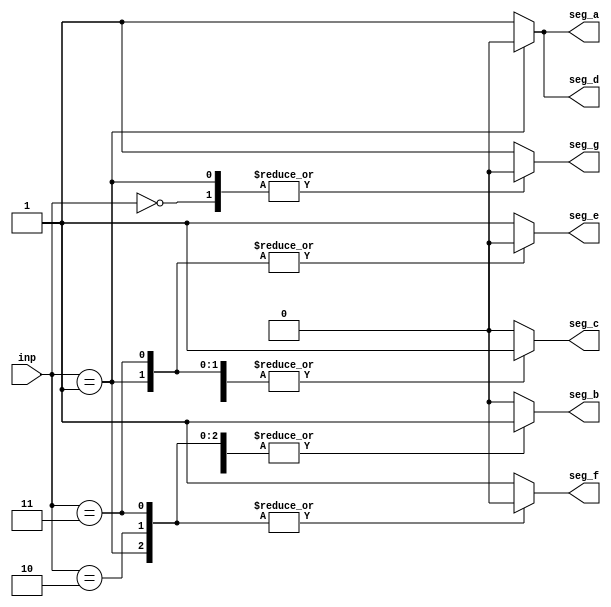
module seven_segment_cntrl(seg_a, seg_b, seg_c, seg_d, seg_e, seg_f, seg_g, inp); //Module with a list of ports
//Begin port declarations section
output seg_a, seg_b, seg_c, seg_d, seg_e, seg_f, seg_g;
input [2:0] inp;

reg seg_a, seg_b, seg_c, seg_d, seg_e, seg_f, seg_g;
wire [2:0] inp;

//End port declarations section

always @(inp) //Note use of comma operator
begin
	case (inp)
	3'b000 : begin
				seg_a = 1'b1;
				seg_b = 1'b1;
				seg_c = 1'b1;
				seg_d = 1'b1;
				seg_e = 1'b1;
				seg_f = 1'b1;
				seg_g = 1'b0;
				end
	3'b001 : begin
				seg_a = 1'b0;
				seg_b = 1'b1;
				seg_c = 1'b1;
				seg_d = 1'b0;
				seg_e = 1'b0;
				seg_f = 1'b0;
				seg_g = 1'b0;
				end
	3'b010 : begin
				seg_a = 1'b1;
				seg_b = 1'b1;
				seg_c = 1'b0;
				seg_d = 1'b1;
				seg_e = 1'b1;
				seg_f = 1'b0;
				seg_g = 1'b1;
				end
	3'b011 : begin
				seg_a = 1'b1;
				seg_b = 1'b1;
				seg_c = 1'b1;
				seg_d = 1'b1;
				seg_e = 1'b0;
				seg_f = 1'b0;
				seg_g = 1'b1;
				end
	default : begin
				seg_a = 1'b1;
				seg_b = 1'b0;
				seg_c = 1'b0;
				seg_d = 1'b1;
				seg_e = 1'b1;
				seg_f = 1'b1;
				seg_g = 1'b1;
				end

	/*			
	3'b000 : begin
				{seg_a, seg_b, seg_c, seg_d, seg_e, seg_f} = 1'b1;
				seg_g = 1'b0;
				end
	3'b001 : begin
				{seg_b, seg_c} = 1'b1;
				{seg_a, seg_d, seg_e, seg_f, seg_g} = 1'b0;
				end
	3'b010 : begin
				{seg_a, seg_b, seg_d, seg_e, seg_g} = 1'b1;
				{seg_c, seg_f} = 1'b0;
				end
	3'b011 : begin
				{seg_a, seg_b, seg_c, seg_d, seg_g} = 1'b1;
				{seg_e, seg_f} = 1'b0;
				end
	default : begin
				{seg_a, seg_d, seg_e, seg_f, seg_g} = 1'b1;
				{seg_b, seg_c} = 1'b0;
				end
	*/
	
endcase
end

endmodule

//module Top; // No list of ports, top-level module in simulation